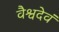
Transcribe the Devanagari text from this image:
वैश्वदेवं